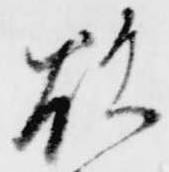
欲